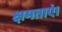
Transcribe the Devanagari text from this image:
क्षमताएं।